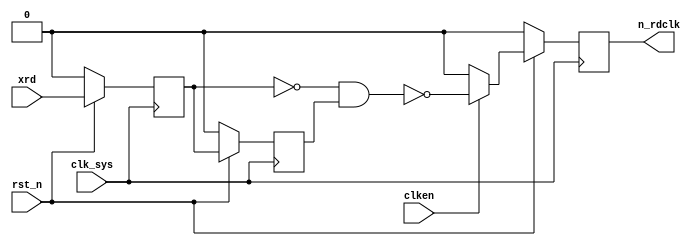
// n_rdclk_syn.v
module n_rdclk_syn(
                   rst_n,
                   clk_sys,
                   clken,
                   xrd,
                   n_rdclk
                  );

input rst_n;
input clk_sys;
input clken;
input xrd;

output n_rdclk;

reg n_rdclk;
reg clk_reg1;
reg clk_reg2;

wire clk_wire;

always @ (posedge clk_sys)
    begin
         if (rst_n == 1'b0)
             {clk_reg1,clk_reg2} <= 2'b0;
         else
             begin
                  clk_reg1 <= xrd;
                  clk_reg2 <= clk_reg1;
             end
    end

assign clk_wire = ~((~clk_reg1) & clk_reg2);//

always @ (posedge clk_sys)
    begin
         if (rst_n == 1'b0)
             n_rdclk <= 1'b0;
         else
           if (clken == 1'b1)
             n_rdclk <= clk_wire;
           else
             n_rdclk <= 1'b0;
    end

endmodule